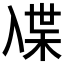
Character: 𰃜